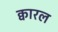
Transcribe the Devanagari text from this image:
क्वारल